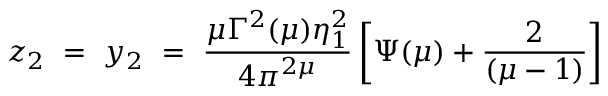
z _ { 2 } ~ = ~ y _ { 2 } ~ = ~ \frac { \mu \Gamma ^ { 2 } ( \mu ) \eta _ { 1 } ^ { 2 } } { 4 \pi ^ { 2 \mu } } \left[ \Psi ( \mu ) + \frac { 2 } { ( \mu - 1 ) } \right]